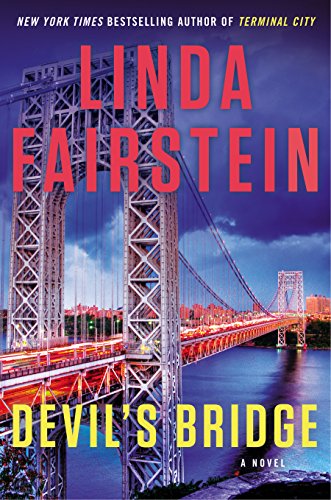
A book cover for Devil's Bridge (An Alexandra Cooper Novel); Linda Fairstein; Mystery, Thriller & Suspense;